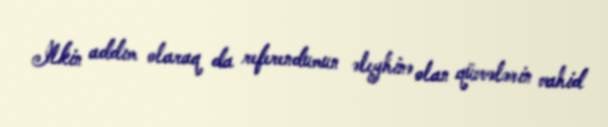
İlkin addım olaraq da referendumun əleyhinə olan qüvvələrin vahid